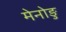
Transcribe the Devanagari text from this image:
मेनोङु